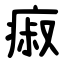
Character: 㾥